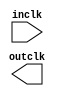

module clk (
	inclk,
	outclk);	

	input		inclk;
	output		outclk;
endmodule